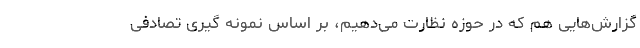
گزارش‌هایی هم که در حوزه نظارت می‌دهیم، بر اساس نمونه گیری تصادفی